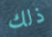
ذلك